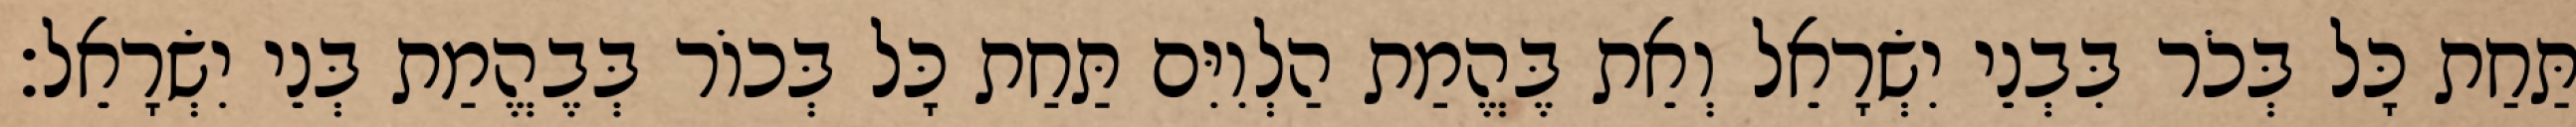
תַּחַת כָּל בְּכֹר בִּבְנֵי יִשְׂרָאֵל וְאֵת בֶּהֱמַת הַלְוִיִּם תַּחַת כָּל בְּכוֹר בְּבֶהֱמַת בְּנֵי יִשְׂרָאֵל׃